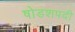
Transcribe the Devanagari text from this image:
षोडशपदी